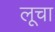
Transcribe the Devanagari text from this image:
लूचा